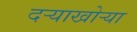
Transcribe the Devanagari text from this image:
दर्‍याखोर्‍या